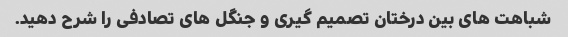
شباهت های بین درختان تصمیم گیری و جنگل های تصادفی را شرح دهید.